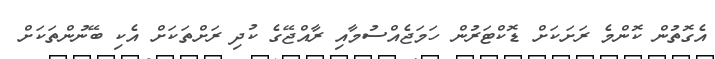
އެގޮތުން ކޮންމެ ރަށަކަށް ޑޮކްޓަރުން ހަމަޖެއްސުމާއި ރާއްޖޭގެ ކުދި ރަށްތަކަށް އެކި ބޭނުންތަކަށް